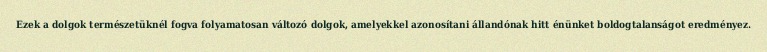
Ezek a dolgok természetüknél fogva folyamatosan változó dolgok, amelyekkel azonosítani állandónak hitt énünket boldogtalanságot eredményez.